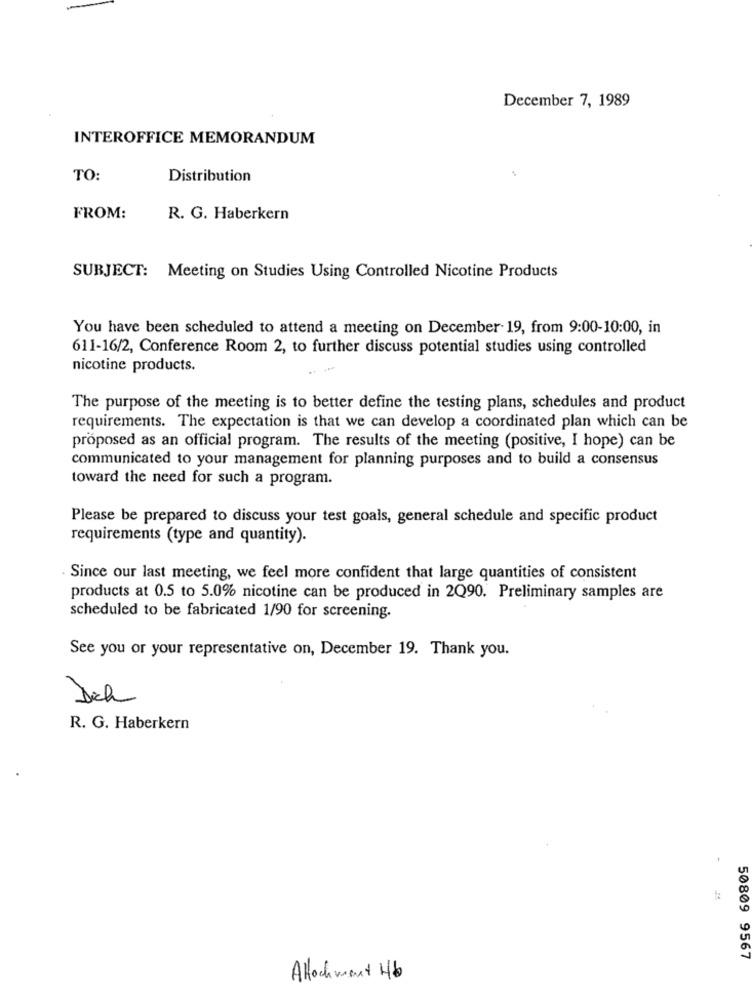
December 7, 1989
INTEROFFICE MEMORANDUM
TO:
Distribution
FROM:
R. G. Haberkern
SUBJECT: Meeting on Studies Using Controlled Nicotine Products
You have been scheduled to attend a meeting on December 19, from 9:00-10:00, in
611-16/2, Conference Room 2, to further discuss potential studies using controlled
nicotine products.
The purpose of the meeting is to better define the testing plans, schedules and product
requirements. The expectation is that we can develop a coordinated plan which can be
proposed as an official program. The results of the meeting (positive, I hope) can be
communicated to your management for planning purposes and to build a consensus
toward the need for such a program.
Please be prepared to discuss your test goals, general schedule and specific product
requirements (type and quantity).
. Since our last meeting, we feel more confident that large quantities of consistent
products at 0.5 to 5.0% nicotine can be produced in 2Q90. Preliminary samples are
scheduled to be fabricated 1/90 for screening.
See you or your representative on, December 19. Thank you.
Dich
R. G. Haberkern
50809 9567
Attachment 46